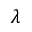
\lambda